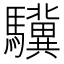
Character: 驥